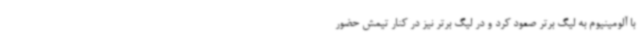
با آلومینیوم به لیگ برتر صعود کرد و در لیگ برتر نیز در کنار تیمش حضور